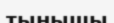
тынышы